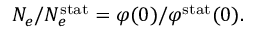
N _ { e } / N _ { e } ^ { \mathrm { s t a t } } = \varphi ( 0 ) / \varphi ^ { \mathrm { s t a t } } ( 0 ) .